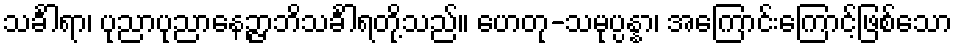
သင်္ခါရာ၊ ပုညာပုညာနေဉ္ဇာဘိသင်္ခါရတို့သည်။ ဟေတု-သမုပ္ပန္နာ၊ အကြောင်းကြောင့်ဖြစ်သော